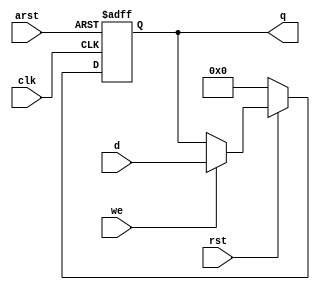
`timescale 1ns/1ps
module reg32(clk, we, d, q, arst, rst);
input clk,we,arst, rst;
input [31:0] d;
output reg [31:0] q;

always @(posedge clk or negedge arst) begin 
	if(!arst) begin 
		q <= 32'b0;
	end else if(!rst) begin 
		q <= 32'b0;
	end else if(we) begin
		q <= d;
	end else begin 
		q <= q;
	end 
end
endmodule